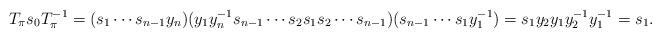
LaTeX: \begin{align*}T_\pi s_0T_\pi^{-1} = (s_1\cdots s_{n-1}y_n)(y_1y^{-1}_n s_{n-1}\cdots s_2s_1s_2 \cdots s_{n-1})(s_{n-1}\cdots s_1y^{-1}_1)=s_1y_2 y_1 y_2^{-1} y_1^{-1} = s_1.\end{align*}